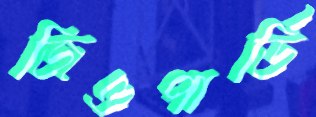
জিওপার্ডি